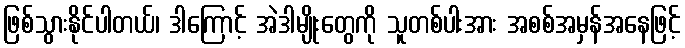
ဖြစ်သွားနိုင်ပါတယ်၊ ဒါကြောင့် အဲဒါမျိုးတွေကို သူတစ်ပါးအား အစစ်အမှန်အနေဖြင့်